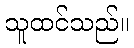
သူထင်သည်။